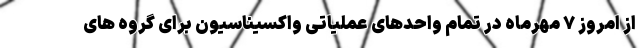
از امروز ۷ مهرماه در تمام واحدهای عملیاتی واکسیناسیون برای گروه های